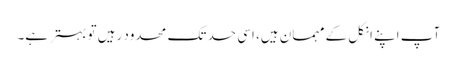
آپ اپنے انکل کے مہمان ہیں، اسی حد تک محدود رہیں تو بہتر ہے۔